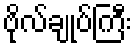
ဗိုလ်ချုပ်ကြီး